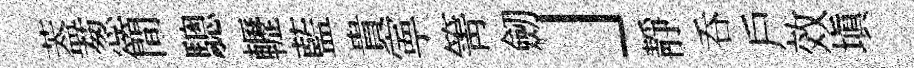
葢葱簡驄轣藍貴寕箐劒」靜呑戶效填